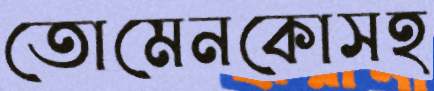
তোমেনকোসহ